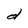
Character: d